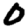
Digit: 0